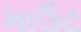
માઉટ